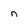
Character: n